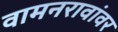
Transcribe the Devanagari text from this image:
वामनरावांवर